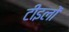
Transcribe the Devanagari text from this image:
टीइलों